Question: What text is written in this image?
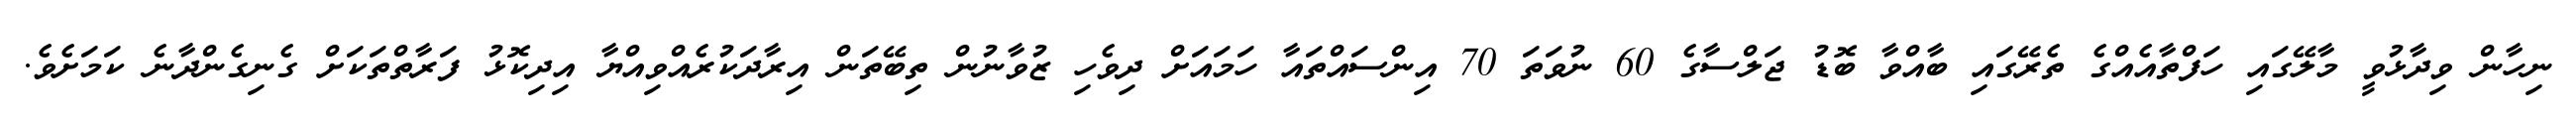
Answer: ނިހާން ވިދާޅުވީ މާލޭގައި ހަފްތާއެއްގެ ތެރޭގައި ބާއްވާ ބޮޑު ޖަލްސާގެ 60 ނުވަތަ 70 އިންސައްތައާ ހަމައަށް ދިވެހި ޒުވާނުން ތިބޭތަން އިރާދަކުރެއްވިއްޔާ އިދިކޮޅު ފަރާތްތަކަށް ގެނިގެންދާނެ ކަމަށެވެ.